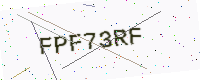
Text: FPF73RF